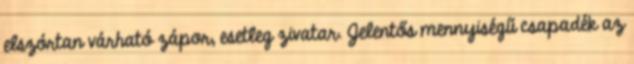
elszórtan várható zápor, esetleg zivatar. Jelentős mennyiségű csapadék az